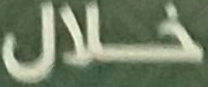
خلال